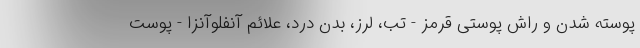
پوسته شدن و راش پوستی قرمز - تب، لرز، بدن درد، علائم آنفلوآنزا - پوست